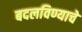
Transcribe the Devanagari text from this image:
बदलविण्याचे